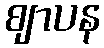
ဈာပန